system: You are a helpful assistant.
user:
Analyze the provided spectrum to determine if it is a **M-type Giant (gM)**.

A M-type Giant spectrum is defined by its **strong molecular absorption** features, particularly from **Titanium Oxide (TiO)**. You must check for one of the following mutually exclusive signatures:

- **Key Visual Indicators (Absorption-Dominated Spectrum):**

    - **(Primary):** The spectrum is dominated by strong molecular absorption from **Titanium Oxide (TiO)**. This is the **defining feature** of its M-type temperature class.
        - **(Key Bandheads):** Look for sharp, "saw-tooth" absorption valleys. The strongest are located near **~7050 Å**, **~6160 Å**, and **~5170 Å**.
        - **(Line Profile):** The "saw-tooth" morphology is critical: a **sharp, steep drop on the BLUE (short-wavelength) side** of the bandhead, followed by a gradual recovery (rising flux) towards the RED (long-wavelength) side.

    - **(Key Confirmation - Giant vs. Dwarf):** **ABSENCE** of strong **Calcium Hydride (CaH)** molecular bands. This is the primary diagnostic for *excluding* M-dwarfs.
        - **(Key Region):** The spectrum should lack the strong, broad absorption band seen in dwarfs between **~6800 Å and ~7000 Å**.

    - **(Secondary Confirmation - Giant):** A very strong and broad **Neutral Calcium (Ca I)** atomic absorption line.
        - **(Key Line):** Located at **~4226 Å**. In a giant (gM), this line is significantly deeper and broader than the same line in an M-dwarf (dM) due to low surface gravity.

    - **(Overall Spectrum):**
        - The continuum is **extremely red-sloping** (i.e., flux is very low in the blue and rises dramatically towards the red).
        - The entire spectrum appears "chopped up" by the deep TiO bands.

Think first, call **spectral_visualization_tool** if needed to examine features in detail, then provide your final answer. Your response must adhere to the following strict rules:
1.  **Overall Structure:** Your response must follow the format `<think>...</think> <tool_call>...</tool_call> (if a tool is used) <answer>...</answer>`.
2.  **Tool Usage Constraint:** You may only make **one** tool call per turn.
3.  **Final Answer Format:** In the `<answer>` tag, your conclusion must be inside a `\boxed{}` command (e.g., `\boxed{YES}` or `\boxed{NO}`), followed by your justification.

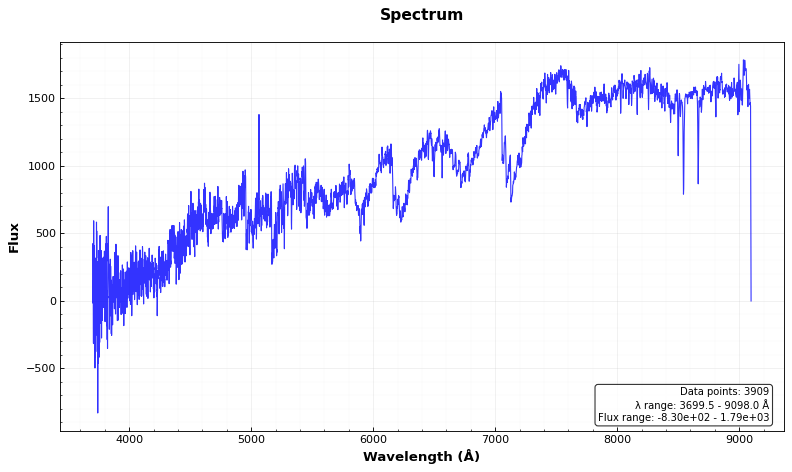
Answer: YES